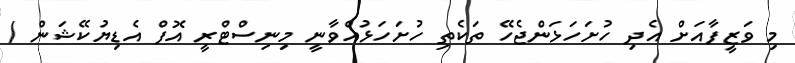
މި ވަޒީފާއަށް އެދި ހުށަހަޅަންޖެހޭ ތަކެތި ހުށަހަޅުއްވާނީ މިނިސްޓްރީ އޮފް އެޑިޔުކޭޝަން /